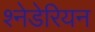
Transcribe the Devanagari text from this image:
श्नेडेरियन